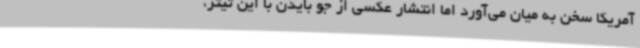
آمریکا سخن به میان می‌آورد اما انتشار عکسی از جو بایدن با این تیتر،